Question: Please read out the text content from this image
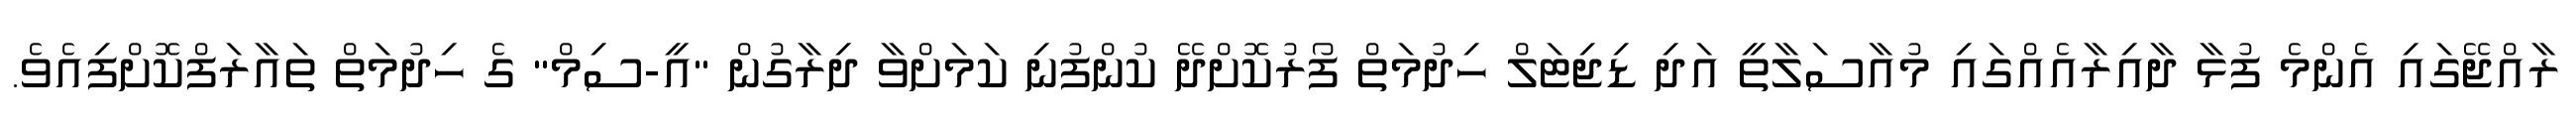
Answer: ރާއްޖޭގައި އެންމެ ފުޅާ ދާއިރާއެއްގައި މުއާސަލާތީ އަދި ޑިޖިޓަލް ހިދުމަތް ފޯރުކޮށްދޭ ކުންފުނި ކަމަށްވާ ދިރާގުން "އީ-ސިމް" ގެ ހިދުމަތް ތައާރަފްކޮށްފިއެވެ.